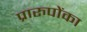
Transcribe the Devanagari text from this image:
प्रारुपोंका